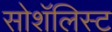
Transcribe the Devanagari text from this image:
सोशॅलिस्ट